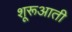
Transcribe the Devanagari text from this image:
शूरूआती